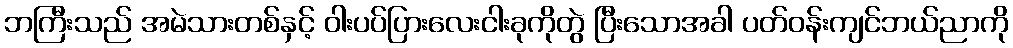
ဘကြီးသည် အမဲသားတစ်နှင့် ဝါးပပ်ပြားလေးငါးခုကိုတွဲ ပြီးသောအခါ ပတ်ဝန်းကျင်ဘယ်ညာကို